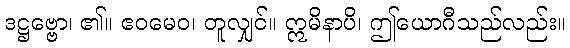
ဒဋ္ဌဗ္ဗော၊ ၏။ ဧဝမေဝ၊ တူလျှင်။ ဣမိနာပိ၊ ဤယောဂီသည်လည်း။